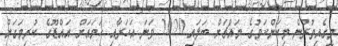
މީގެއިތުރުން މިކަންކަމުގެ މައްޗަށް ބަލައި 2020 ވަނަ އަހަރާއި ހަމައަށް އައްޑޫގެ ކުރިމަގަށް